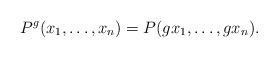
LaTeX: \begin{align*}P^g(x_1, \ldots, x_n)=P(gx_1, \ldots, gx_n).\end{align*}